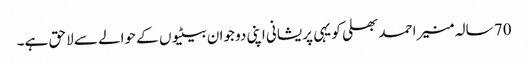
70 سالہ منیر احمد بھلی کو یہی پریشانی اپنی دو جوان بیٹیوں کے حوالے سے لاحق ہے۔